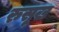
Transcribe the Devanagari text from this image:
रुसूख